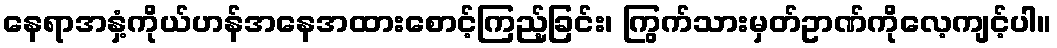
နေရာအနှံ့ကိုယ်ဟန်အနေအထားစောင့်ကြည့်ခြင်း၊ ကြွက်သားမှတ်ဥာဏ်ကိုလေ့ကျင့်ပါ။